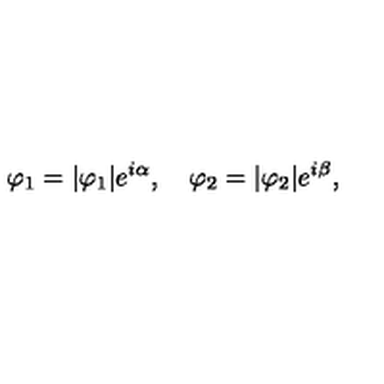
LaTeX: \varphi _ { 1 } = | \varphi _ { 1 } | e ^ { i \alpha } , \quad \varphi _ { 2 } = | \varphi _ { 2 } | e ^ { i \beta } ,